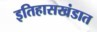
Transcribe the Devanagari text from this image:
इतिहासखंडात